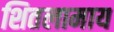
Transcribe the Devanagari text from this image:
शितलामाय